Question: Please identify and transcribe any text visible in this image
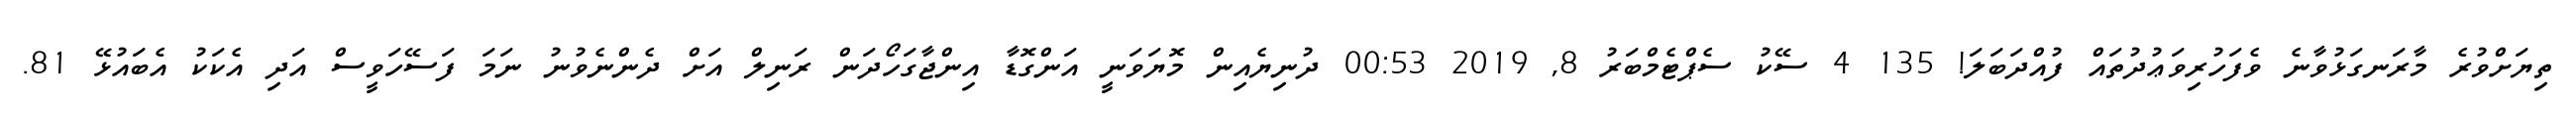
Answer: ތިޔަށްވުރެ މާރަނގަޅުވާނެ ވެފަހުރިވަޢުދުތައް ފުއްދަބަލަ! 135 4 ސޭކު ސެޕްޓެމްބަރު 8, 2019 00:53 ދުނިޔެއިން މޮޔަވަނީ އަންގޮޑާ އިންޖާގަހޯދަން ރަނިލް އަށް ދެންނެވުނު ނަމަ ފަސޭހަވީސް އަދި އެކަކު އެބައުޅޭ 81.